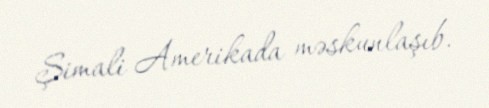
Şimali Amerikada məskunlaşıb.